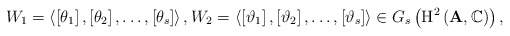
\begin{align*}W_{1}=\left\langle \left[ \theta _{1}\right] ,\left[ \theta _{2}\right] ,\dots,\left[ \theta _{s}\right] \right\rangle ,W_{2}=\left\langle \left[ \vartheta_{1}\right] ,\left[ \vartheta _{2}\right] ,\dots,\left[ \vartheta _{s}\right]\right\rangle \in G_{s}\left( {\rm H^{2}}\left( {\bf A},\mathbb C\right)\right),\end{align*}